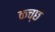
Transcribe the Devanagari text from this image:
कच्छे